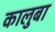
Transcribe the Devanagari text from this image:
कालुबा